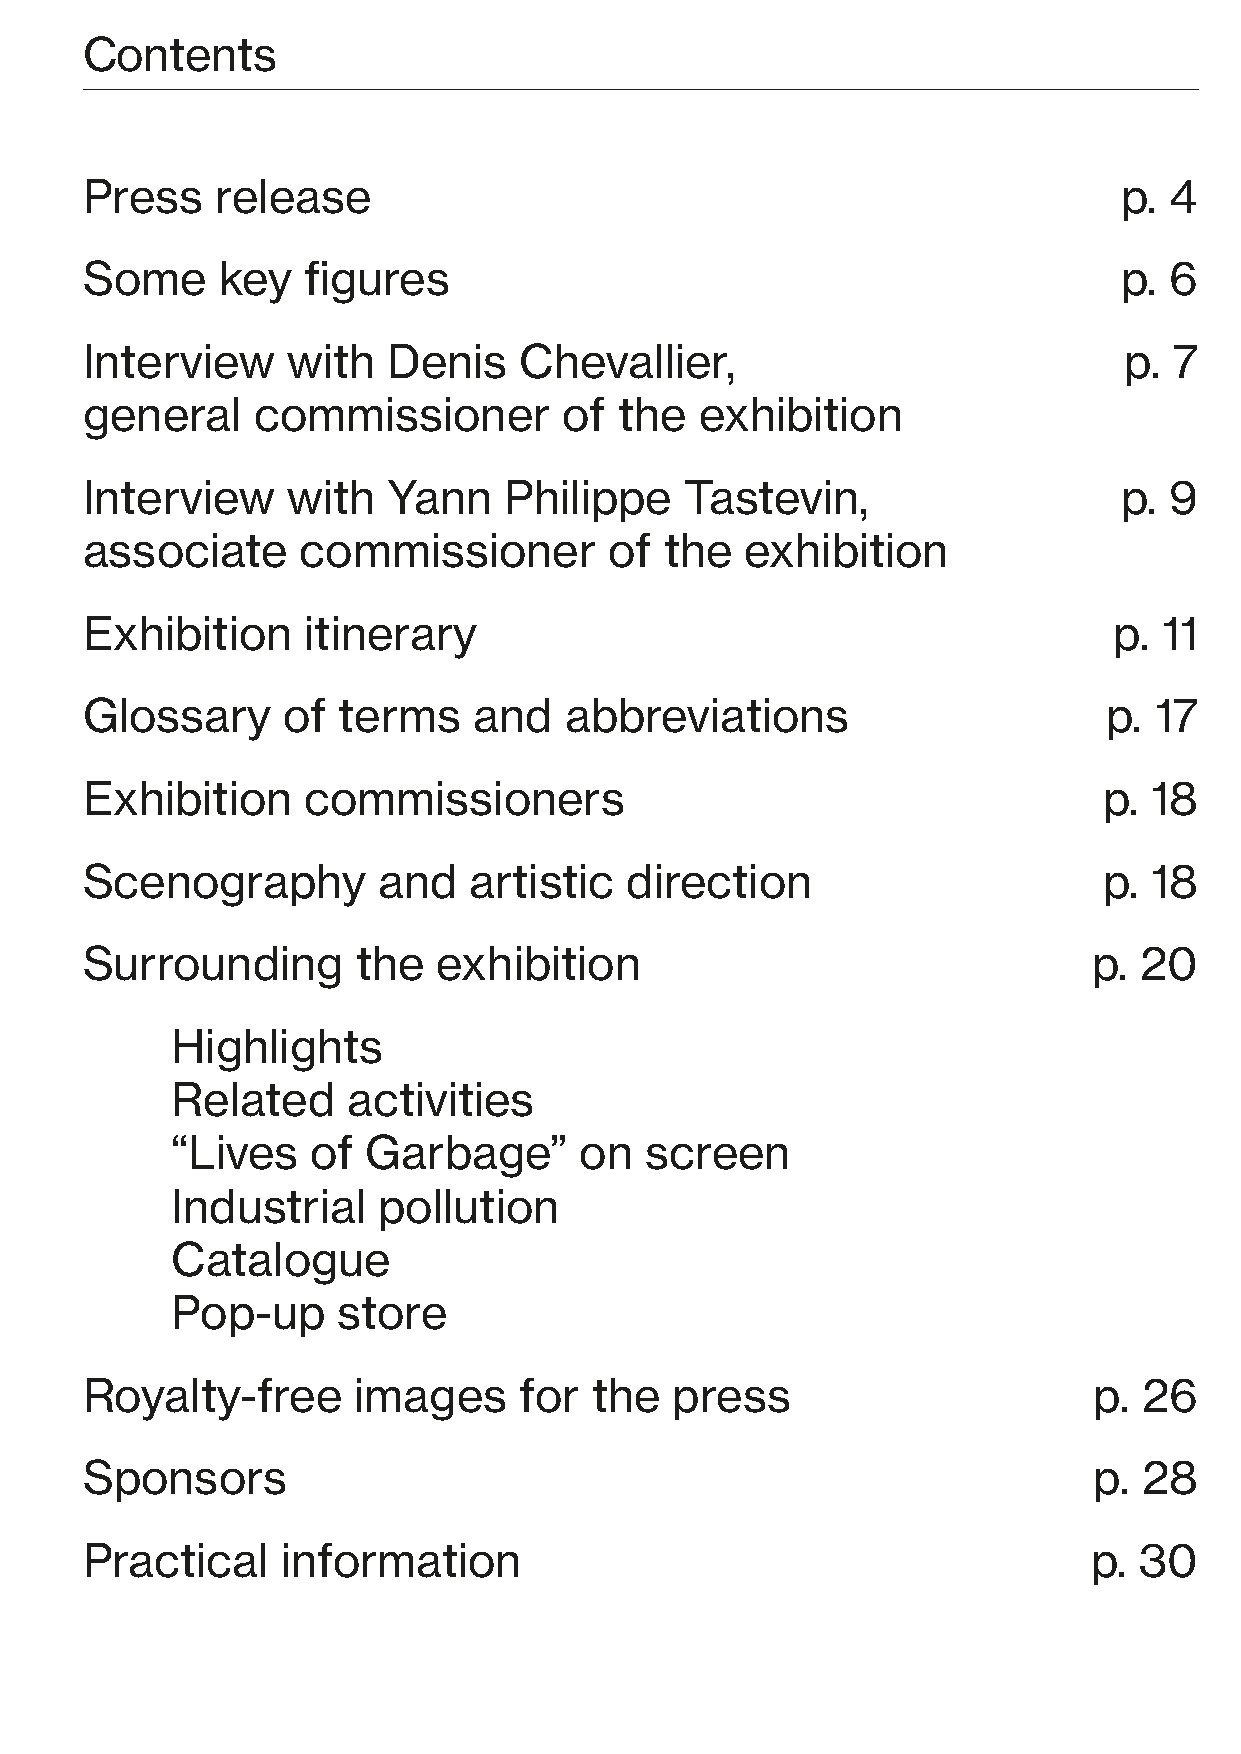
Contents
 Press    release                                                     p. 4
 Some     key   figures                                               p. 6
 Interview     with   Denis   Chevallier,                             p.  7
 general     commissioner        of  the  exhibition
 Interview     with   Yann   Philippe    Tastevin,                    p. 9
 associate      commissioner        of  the  exhibition
 Exhibition     itinerary                                             p. 11
 Glossary      of terms    and   abbreviations                       p. 17
 Exhibition     commissioners                                        p. 18
 Scenography         and   artistic  direction                       p. 18
 Surrounding        the  exhibition                                 p. 20
 Highlights
 Related     activities
 “Lives    of Garbage”      on   screen
 Industrial    pollution
 Catalogue
 Pop-up     store
 Royalty-free      images     for  the  press                       p.  26
 Sponsors                                                           p.  28
 Practical     information                                          p. 30